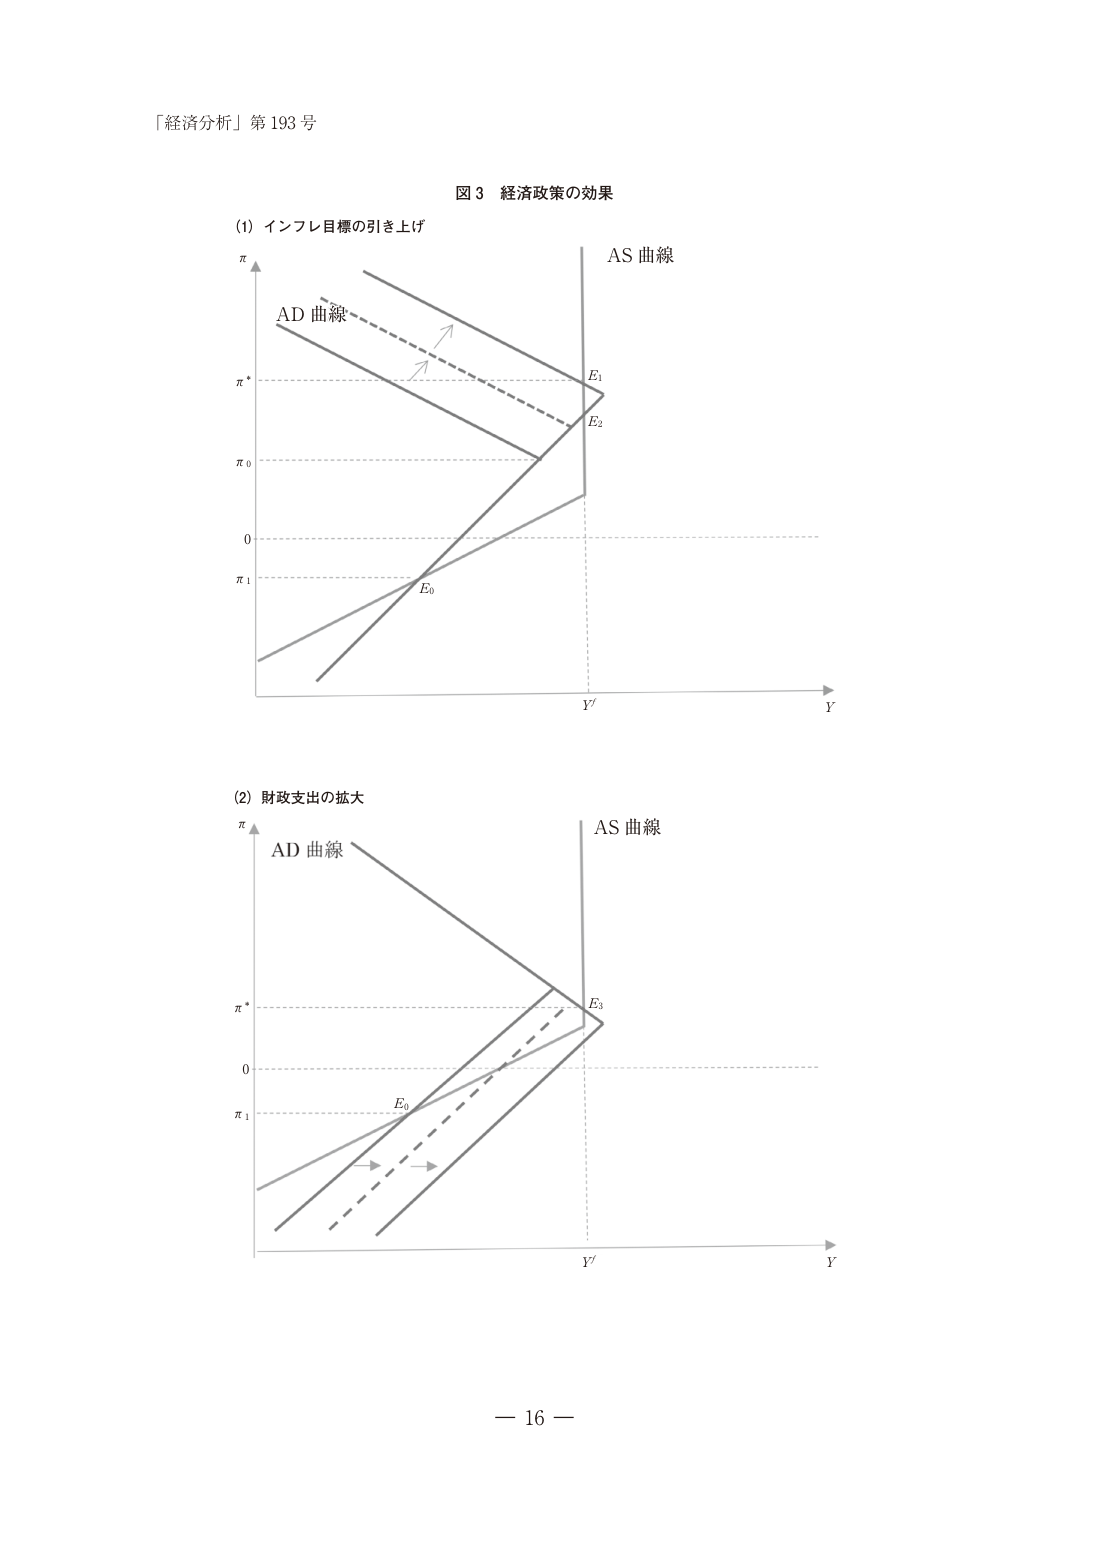
「経済分析」第193号

図3 経済政策の効果

(1) インフレ目標の引き上げ
π
AD 曲線
π*
π0
0
π1
E0
E1
E2
AS 曲線
Y'
Y

(2) 財政支出の拡大
π
AD 曲線
π*
0
π1
E0
E3
AS 曲線
Y'
Y

— 16 —